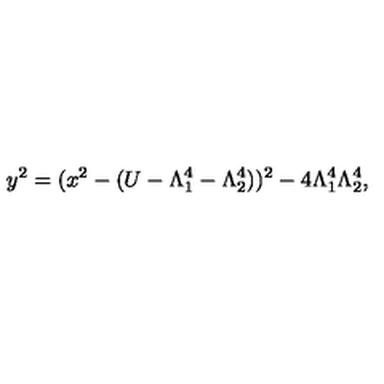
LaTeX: y ^ { 2 } = ( x ^ { 2 } - ( U - \Lambda _ { 1 } ^ { 4 } - \Lambda _ { 2 } ^ { 4 } ) ) ^ { 2 } - 4 \Lambda _ { 1 } ^ { 4 } \Lambda _ { 2 } ^ { 4 } ,